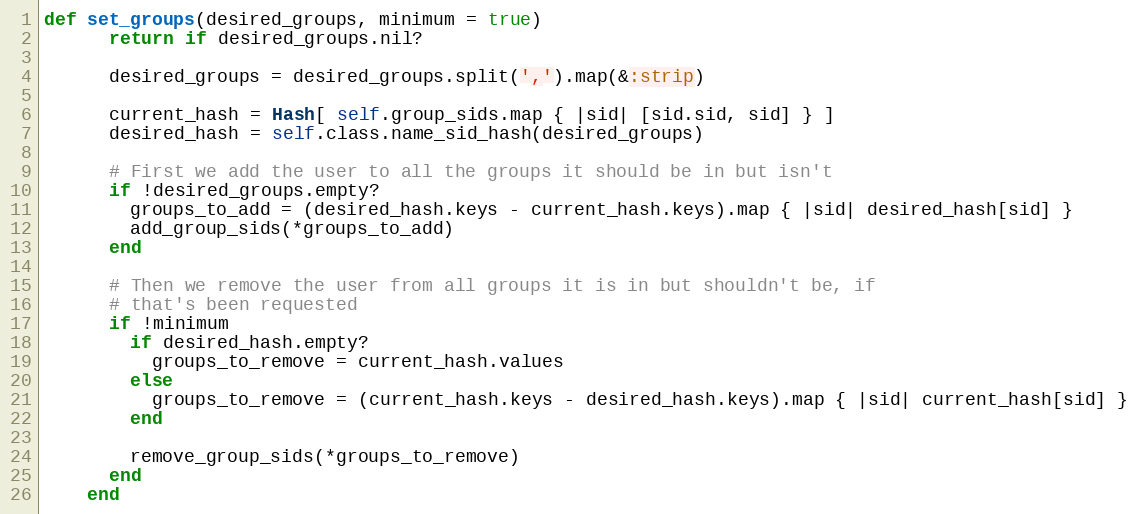
Language: Ruby
def set_groups(desired_groups, minimum = true)
      return if desired_groups.nil?

      desired_groups = desired_groups.split(',').map(&:strip)

      current_hash = Hash[ self.group_sids.map { |sid| [sid.sid, sid] } ]
      desired_hash = self.class.name_sid_hash(desired_groups)

      # First we add the user to all the groups it should be in but isn't
      if !desired_groups.empty?
        groups_to_add = (desired_hash.keys - current_hash.keys).map { |sid| desired_hash[sid] }
        add_group_sids(*groups_to_add)
      end

      # Then we remove the user from all groups it is in but shouldn't be, if
      # that's been requested
      if !minimum
        if desired_hash.empty?
          groups_to_remove = current_hash.values
        else
          groups_to_remove = (current_hash.keys - desired_hash.keys).map { |sid| current_hash[sid] }
        end

        remove_group_sids(*groups_to_remove)
      end
    end